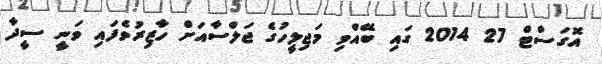
އޮގަސްޓް 27 2014 ގައި ބޭއްވި މަޖިލީހުގެ ޖަލްސާއަށް ހާޒިރުވެފައި ވަނީ ސީދާ